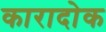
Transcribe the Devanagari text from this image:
कारादोक